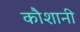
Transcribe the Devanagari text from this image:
कौशानी